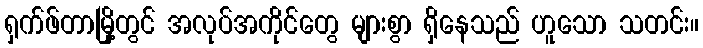
ရှက်ဖ်တာမြို့တွင် အလုပ်အကိုင်တွေ များစွာ ရှိနေသည် ဟူသော သတင်း။